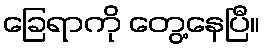
ခြေရာကို တွေ့နေပြီ။